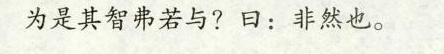
为是其智弗若与?曰：非然也。